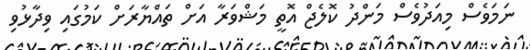
ނަމަވެސް މިއަދުވެސް މަންދު ކޮލެޖް އޮތީ މަޝްވަރާ އަށް ތައްޔާރަށް ކަމުގައި ވިދާޅުވި